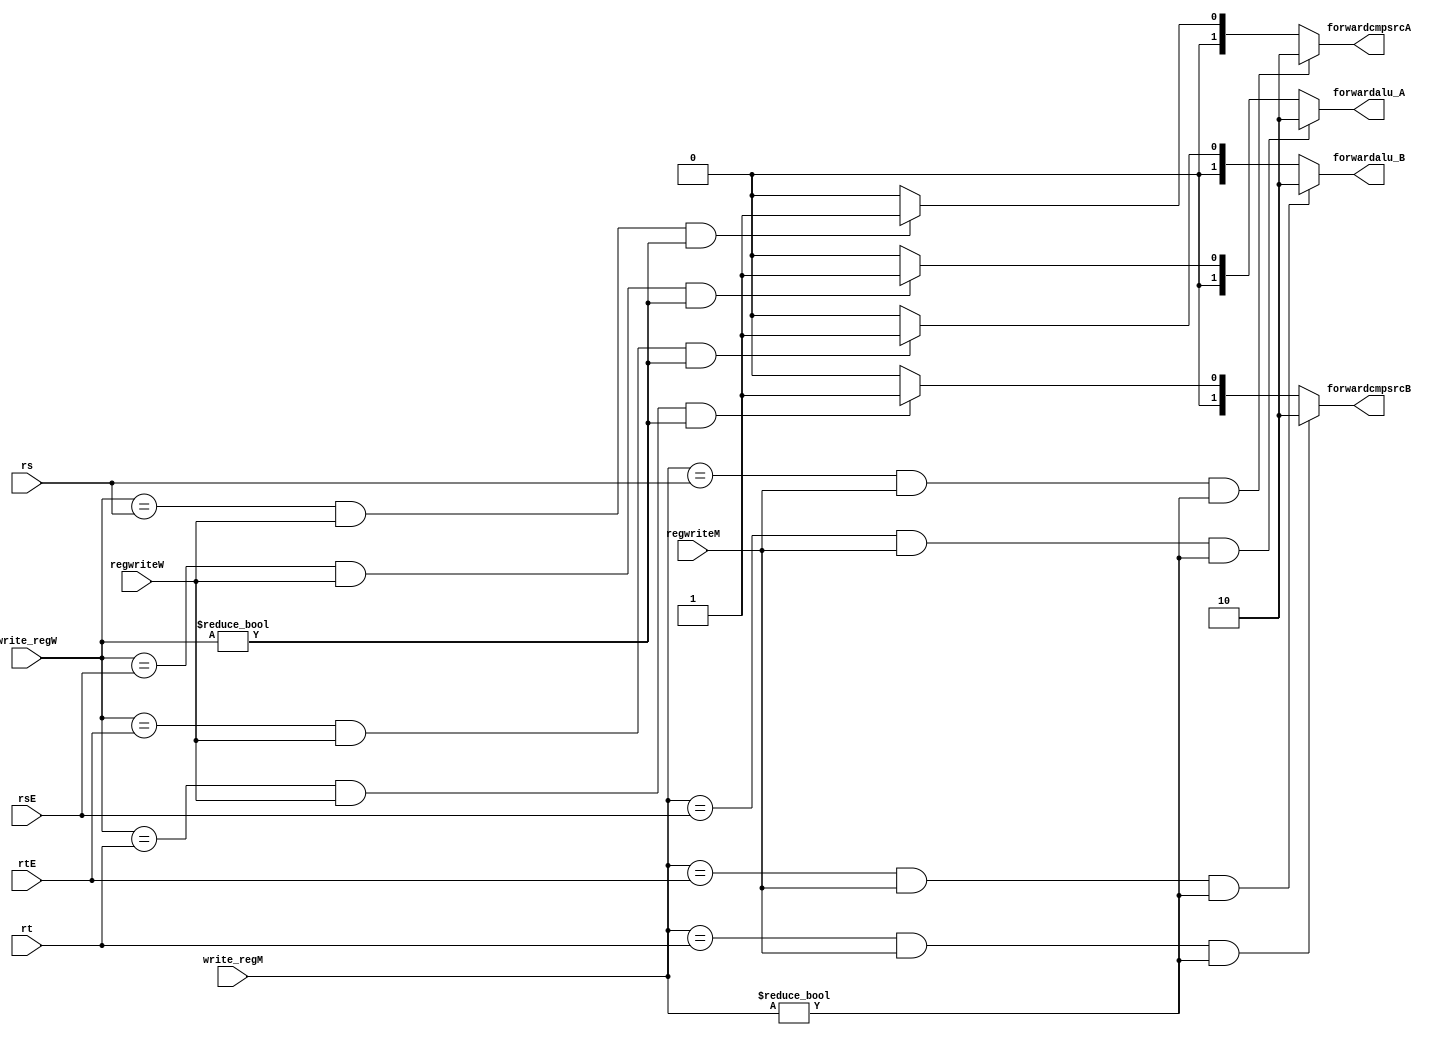
`timescale 1ns / 1ps
//////////////////////////////////////////////////////////////////////////////////
// Company: 
// Engineer: 
// 
// Design Name: 
// Module Name: Foward
// Project Name: 
// Target Devices: 
// Tool Versions: 
// Description: 
// 
// Dependencies: 
// 
// Revision:
// Revision 0.01 - File Created
// Additional Comments:
// 
//////////////////////////////////////////////////////////////////////////////////


module Foward(
    input [4:0] rs,
    input [4:0] rt,
    input [4:0] rsE,
    input [4:0] rtE,
   // input [4:0] rtM,
    input [4:0] write_regM,
    input [4:0] write_regW,
    input regwriteM,
    input regwriteW,
    output reg [1:0] forwardalu_A,
    output reg [1:0] forwardalu_B,
    output reg [1:0] forwardcmpsrcA,
    output reg [1:0] forwardcmpsrcB
    //output reg forward_DM
    );
    `define M2E_ALU 2 //MEALU
    `define W2E_ALU 1 //WEALU
    
    always @ (*) begin
        forwardalu_A <= 0;
        forwardalu_B <= 0;
        forwardcmpsrcA <= 0;
        forwardcmpsrcB <= 0;
        //forward_DM<=0;
        
        if (write_regM == rsE && regwriteM && write_regM!=0) forwardalu_A <= `M2E_ALU; //
        else if (write_regW == rsE && regwriteW &&write_regW!=0) forwardalu_A <= `W2E_ALU;

        if (write_regM == rtE && regwriteM && write_regM!=0) forwardalu_B <= `M2E_ALU;
        else if (write_regW == rtE && regwriteW &&write_regW!=0) forwardalu_B <= `W2E_ALU;
        
        if (write_regM == rs && regwriteM &&write_regM!=0) forwardcmpsrcA <= `M2E_ALU;
        else if (write_regW == rs && regwriteW &&write_regW!=0) forwardcmpsrcA <= `W2E_ALU;

        if (write_regM == rt && regwriteM &&write_regM!=0) forwardcmpsrcB <= `M2E_ALU;
        else if (write_regW == rt && regwriteW &&write_regW!=0) forwardcmpsrcB <= `W2E_ALU;
         
       // if (write_regW == rtM && regwriteW) forward_DM <= 1;
    end
    
endmodule